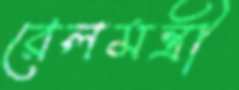
রেলমন্ত্রী